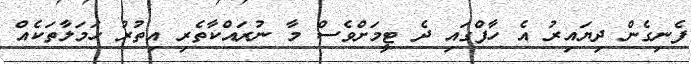
ފެނިގެން ދިޔައިރު އެ ހާފްގައި ދެ ޓީމަށްވެސް މާ ނުރައްކާތެރި އިތުރު ހަމަލާތަކެއް